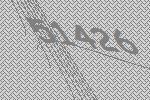
51426